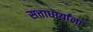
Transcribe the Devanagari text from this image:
सत्ताधार्यांना